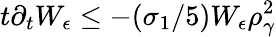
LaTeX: t\partial_{t}W_{\epsilon}\le-(\sigma_{1}/5)W_{\epsilon}\rho_{\gamma}^{2}